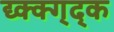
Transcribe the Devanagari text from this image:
द्य्क्क्ग्द्क